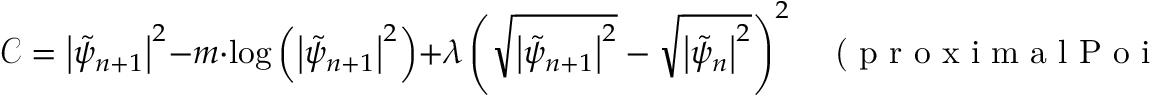
\mathcal { C } = \left| \tilde { \psi } _ { n + 1 } \right| ^ { 2 } - m \cdot \log \left( \left| \tilde { \psi } _ { n + 1 } \right| ^ { 2 } \right) + \lambda \left( \sqrt { \left| \tilde { \psi } _ { n + 1 } \right| ^ { 2 } } - \sqrt { \left| \tilde { \psi } _ { n } \right| ^ { 2 } } \right) ^ { 2 } \; \; \; \textrm { ( p r o x i m a l P o i s s o n ) }